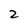
Character: 2